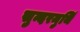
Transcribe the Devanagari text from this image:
सुन्दरमुर्थि